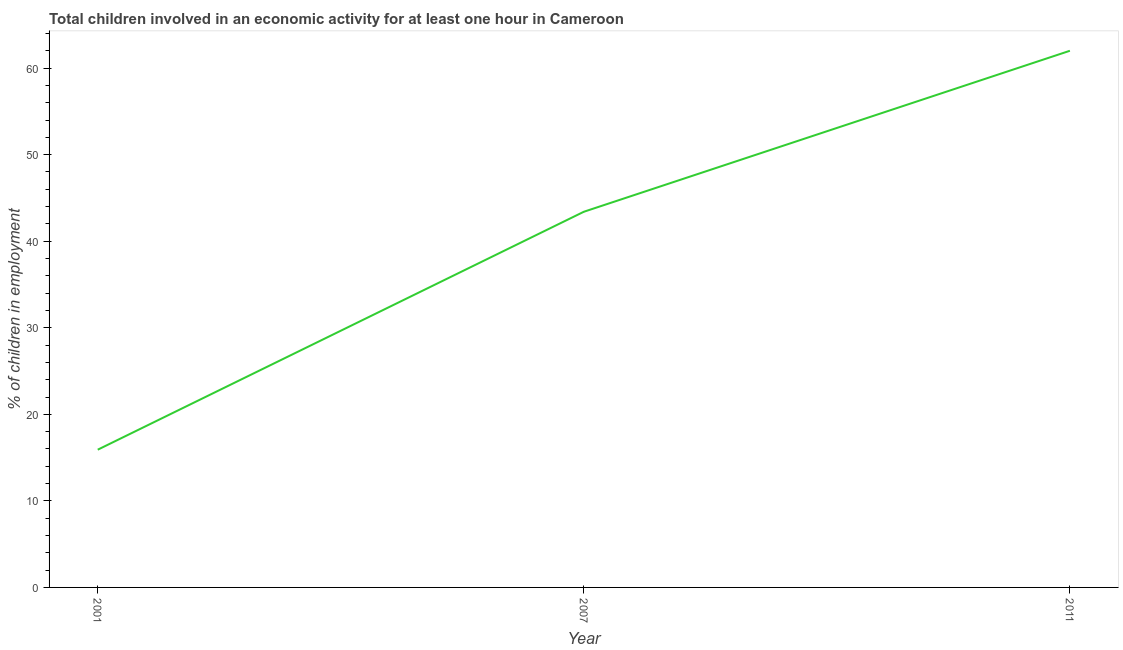
| Year | Children in employment |
 | --- | --- |
 | 2001 | 15.9 |
 | 2007 | 43.4 |
 | 2011 | 62 |